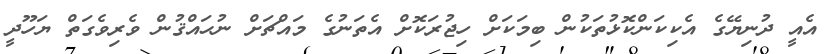
އެއީ ދުނިޔޭގެ އެކިކަންކޮޅުތަކުން ބިމަކަށް ހިޖުރަކޮށް އެތަނުގެ މައްޗަށް ނުޙައްޤުން ވެރިވެގަތް ޔަހޫދީ